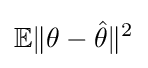
\mathbb {E} \|\theta -{\hat {\theta }}\|^{2}